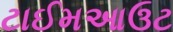
ટાઈમઆઉટ